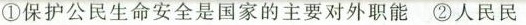
①保护公民生命安全是国家的主要对外职能 ②人民民